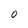
Character: 0